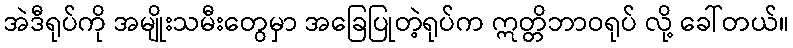
အဲဒီရုပ်ကို အမျိုးသမီးတွေမှာ အခြေပြုတဲ့ရုပ်က ဣတ္တိဘာဝရုပ် လို့ ခေါ်တယ်။